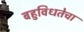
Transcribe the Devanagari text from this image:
बहुविधतेचा